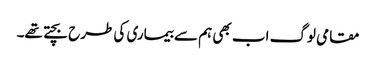
مقامی لوگ اب بھی ہم سے بیماری کی طرح بچتے تھے۔